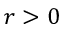
r > 0